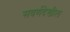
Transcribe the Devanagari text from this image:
सवर्णदेखील